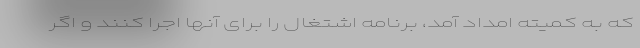
که به کمیته امداد آمد، برنامه اشتغال را برای آنها اجرا کنند و اگر